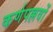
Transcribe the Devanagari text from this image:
कर्णपल्लवों